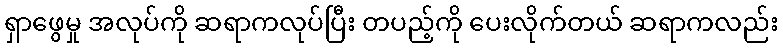
ရှာဖွေမှု အလုပ်ကို ဆရာကလုပ်ပြီး တပည့်ကို ပေးလိုက်တယ် ဆရာကလည်း